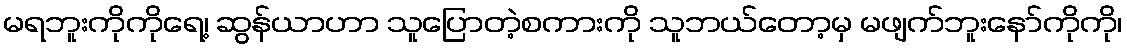
မရဘူးကိုကိုရေ့၊ ဆွန်ယာဟာ သူပြောတဲ့စကားကို သူဘယ်တော့မှ မဖျက်ဘူးနော်ကိုကို၊